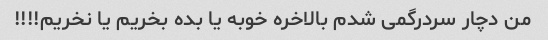
من دچار سردرگمی شدم بالاخره خوبه یا بده بخریم یا نخریم!!!!